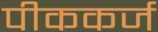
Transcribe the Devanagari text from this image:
पीककर्ज